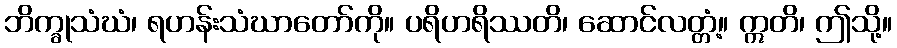
ဘိက္ခုသံဃံ၊ ရဟန်းသံဃာတော်ကို။ ပရိဟရိဿတိ၊ ဆောင်လတ္တံ့။ ဣတိ၊ ဤသို့။